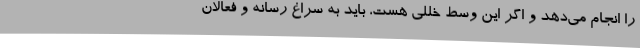
را انجام می‌دهد و اگر این وسط خللی هست، باید به سراغ رسانه و فعالان